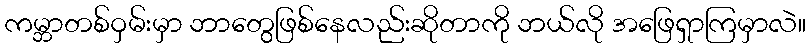
ကမ္ဘာတစ်ဝှမ်းမှာ ဘာတွေဖြစ်နေလည်းဆိုတာကို ဘယ်လို အဖြေရှာကြမှာလဲ။